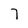
Character: 7